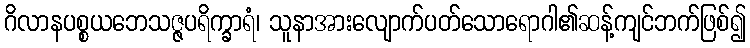
ဂိလာနပစ္စယဘေသဇ္ဇပရိက္ခာရံ၊ သူနာအားလျောက်ပတ်သောရောဂါ၏ဆန့်ကျင်ဘက်ဖြစ်၍